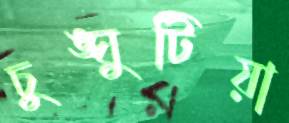
চুঙ্ঘুটিয়া